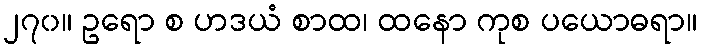
၂၇၀။ ဥရော စ ဟဒယံ စာထ၊ ထနော ကုစ ပယောဓရာ။